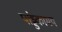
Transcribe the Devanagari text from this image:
पांड्डकामय